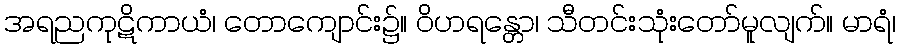
အရညကုဋိကာယံ၊ တောကျောင်း၌။ ဝိဟရန္တော၊ သီတင်းသုံးတော်မူလျက်။ မာရံ၊